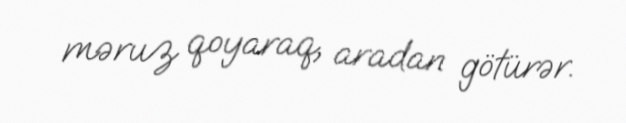
məruz qoyaraq, aradan götürər.